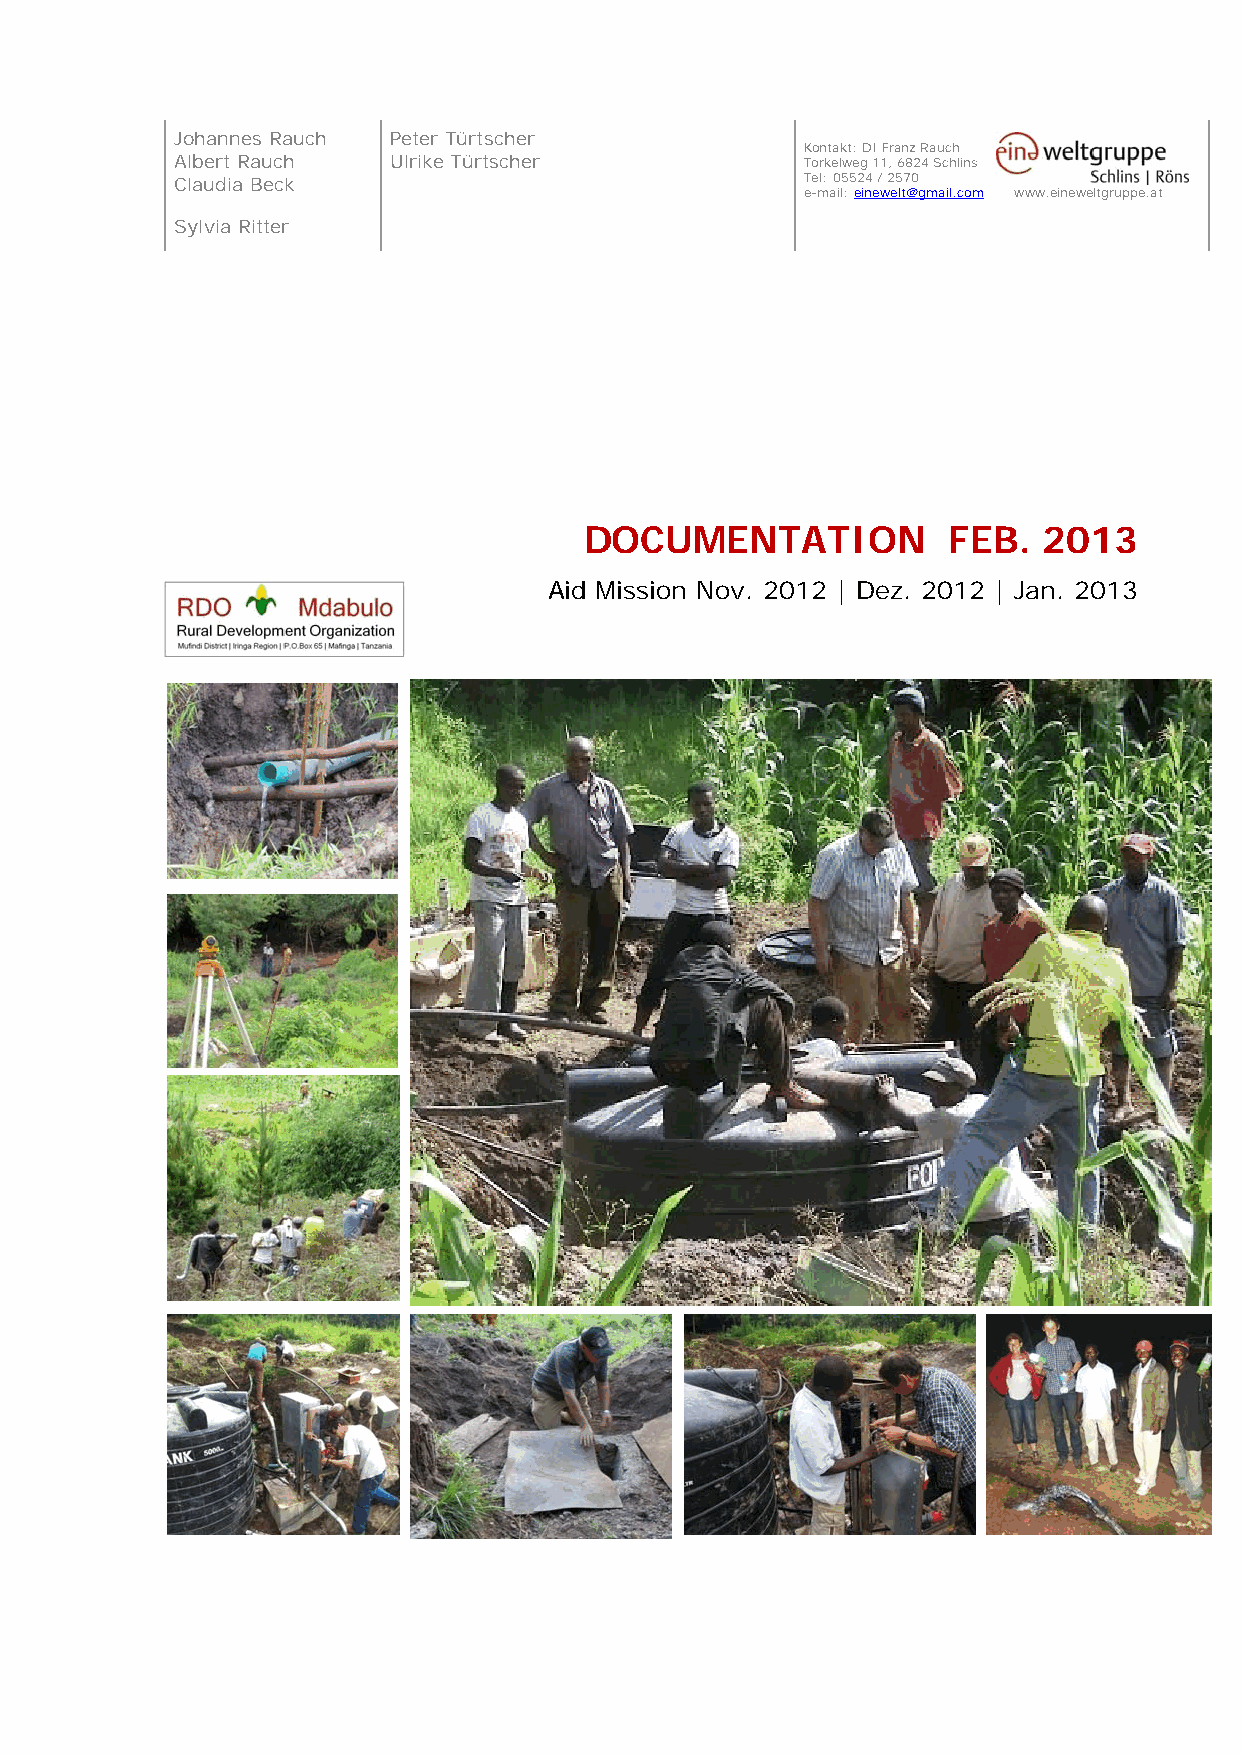
Johannes Rauch Peter Türtscher
 Kontakt: DI Franz Rauch
 Albert Rauch  Ulrike Türtscher           Torkelweg 11, 6824 Schlins
 Claudia Beck                             Tel: 05524 / 2570
 e-mail: einewelt@gmail.com www.eineweltgruppe.at
 Sylvia Ritter
 DOCUMENTATION           FEB.  2013
 Aid Mission Nov. 2012 | Dez. 2012 | Jan. 2013